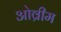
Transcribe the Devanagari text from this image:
ओव्रीम